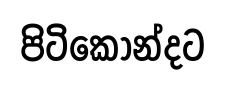
පිටිකොන්දට